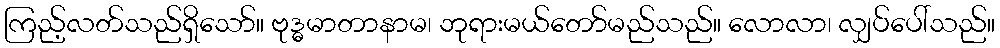
ကြည့်လတ်သည်ရှိသော်။ ဗုဒ္ဓမာတာနာမ၊ ဘုရားမယ်တော်မည်သည်။ လောလာ၊ လျှပ်ပေါ်သည်။